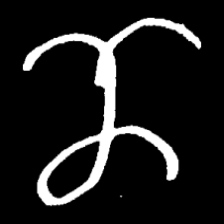
Pyu character \u2014 Myanmar letter: ဏ (romanized: nna)